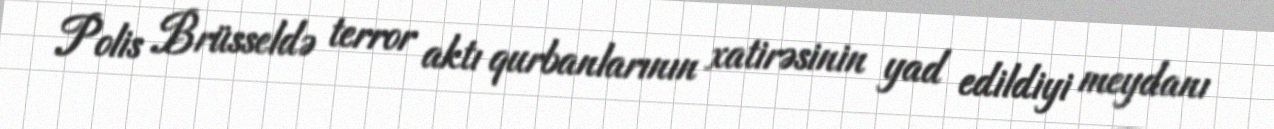
Polis Brüsseldə terror aktı qurbanlarının xatirəsinin yad edildiyi meydanı